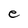
Character: e